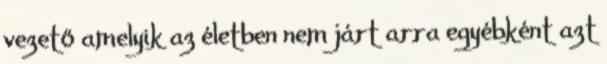
vezető amelyik az életben nem járt arra egyébként azt